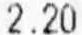
2.20